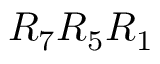
R _ { 7 } R _ { 5 } R _ { 1 }